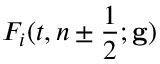
F _ { i } ( t , n \pm \frac { 1 } { 2 } ; \mathbf { g } )